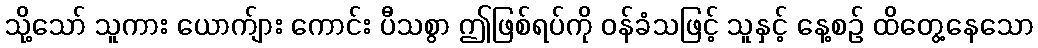
သို့သော် သူကား ယောက်ျား ကောင်း ပီသစွာ ဤဖြစ်ရပ်ကို ဝန်ခံသဖြင့် သူနှင့် နေ့စဉ် ထိတွေ့နေသော